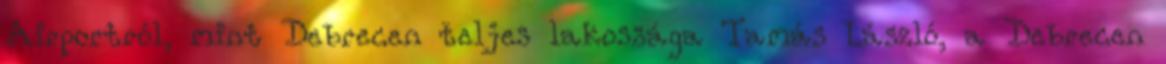
Airportról, mint Debrecen teljes lakossága Tamás László, a Debrecen